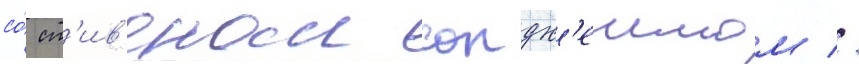
со́ ст'ив'еном сондх'еимом //